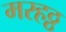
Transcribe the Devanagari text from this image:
मरहठ्ठ